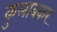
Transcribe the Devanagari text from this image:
कुलाबकर